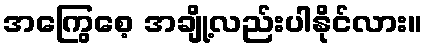
အကြွေစေ့ အချို့လည်းပါနိုင်လား။